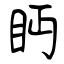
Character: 眄